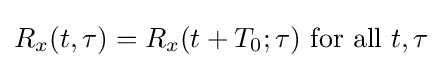
R_{x}(t,\tau )=R_{x}(t+T_{0};\tau ){\text{ for all }}t,\tau